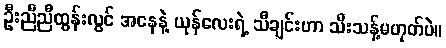
ဦးညီညီထွန်းလွင် အနေနဲ့ ယုန်လေးရဲ့ သီချင်းဟာ သီးသန့်မဟုတ်ပဲ။